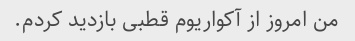
من امروز از آکواریوم قطبی بازدید کردم.